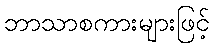
ဘာသာစကားများဖြင့်